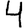
Digit: 4